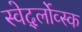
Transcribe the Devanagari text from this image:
स्वेर्द्लोव्स्क